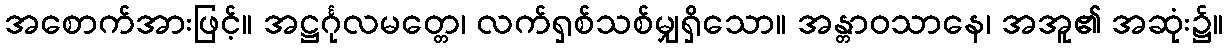
အစောက်အားဖြင့်။ အဋ္ဌင်္ဂုလမတ္တေ၊ လက်ရှစ်သစ်မျှရှိသော။ အန္တာဝသာနေ၊ အအူ၏ အဆုံး၌။